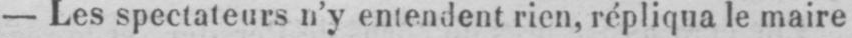
- Les spectateurs n’y entendent rien, répliqua le maire